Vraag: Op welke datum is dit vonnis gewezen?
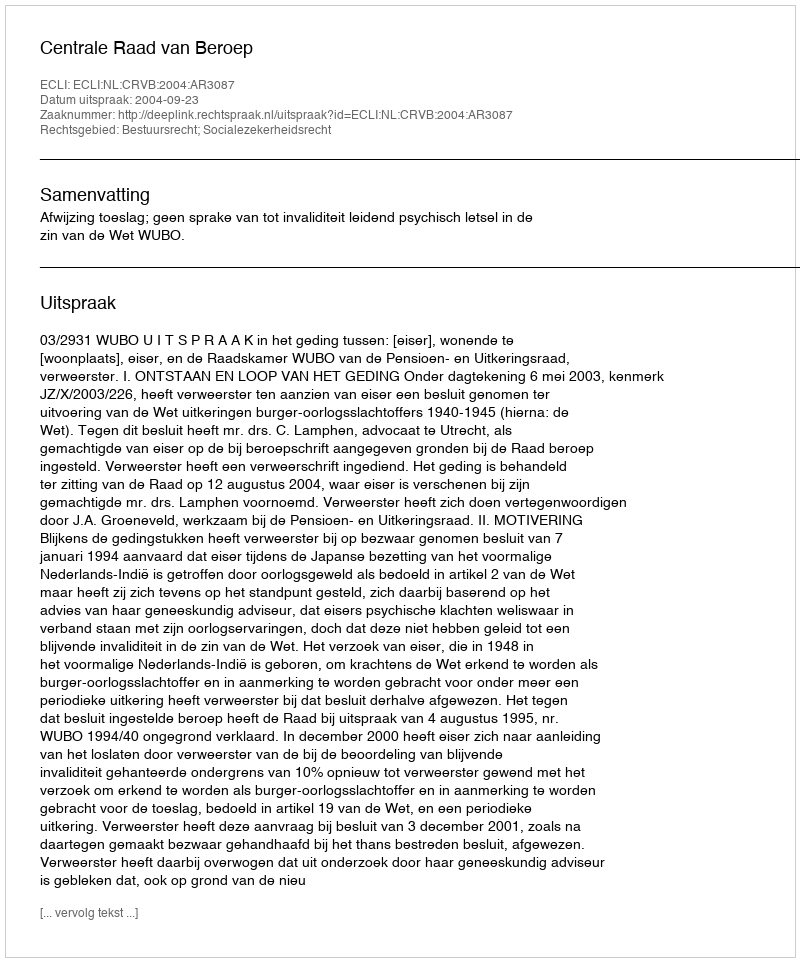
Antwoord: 2004-09-23